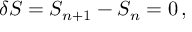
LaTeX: \delta S = S _ { n + 1 } - S _ { n } = 0 \, ,